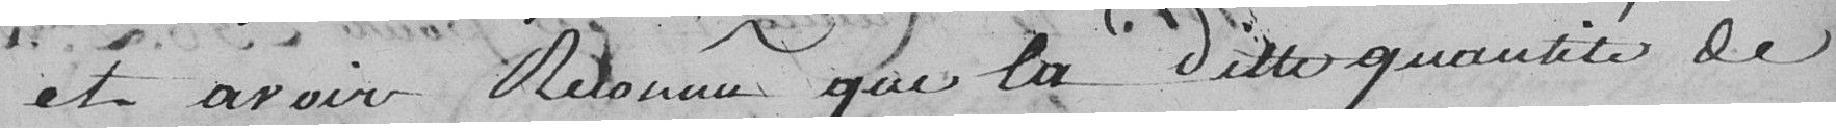
et avoir reconnu que la dite quantité de